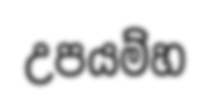
උපයම්හ